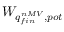
W _ { q _ { f i n } ^ { n M V } , p o t }